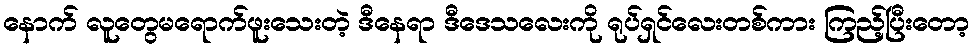
နောက် လူတွေမရောက်ဖူးသေးတဲ့ ဒီနေရာ ဒီဒေသလေးကို ရုပ်ရှင်လေးတစ်ကား ကြည့်ပြီးတော့